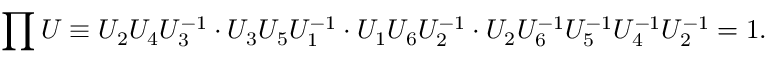
\prod U \equiv U _ { 2 } U _ { 4 } U _ { 3 } ^ { - 1 } \cdot U _ { 3 } U _ { 5 } U _ { 1 } ^ { - 1 } \cdot U _ { 1 } U _ { 6 } U _ { 2 } ^ { - 1 } \cdot U _ { 2 } U _ { 6 } ^ { - 1 } U _ { 5 } ^ { - 1 } U _ { 4 } ^ { - 1 } U _ { 2 } ^ { - 1 } = 1 .